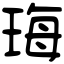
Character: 珻